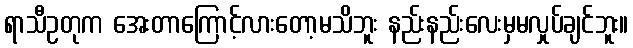
ရာသီဥတုက အေးတာကြောင့်လားတော့မသိဘူး နည်းနည်းလေးမှမလှုပ်ချင်ဘူး။